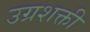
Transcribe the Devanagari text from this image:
उग्रशक्ती